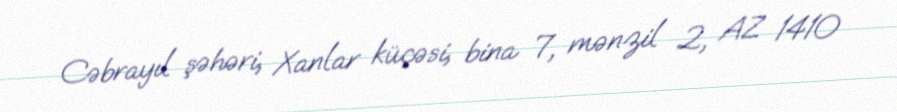
Cəbrayıl şəhəri, Xanlar küçəsi, bina 7, mənzil 2, AZ 1410